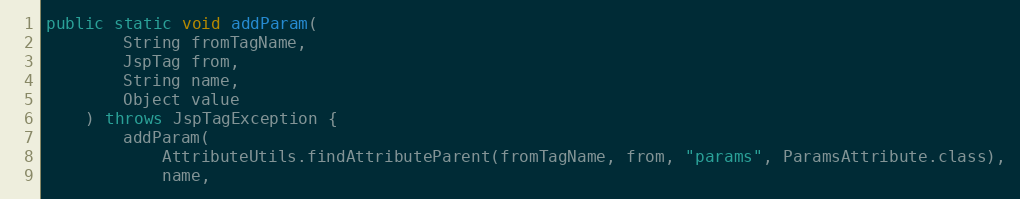
Language: Java
public static void addParam(
		String fromTagName,
		JspTag from,
		String name,
		Object value
	) throws JspTagException {
		addParam(
			AttributeUtils.findAttributeParent(fromTagName, from, "params", ParamsAttribute.class),
			name,